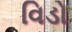
વિડો